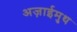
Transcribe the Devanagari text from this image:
अज़ाईमुथ